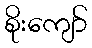
စိုးကျော်